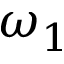
\omega _ { 1 }